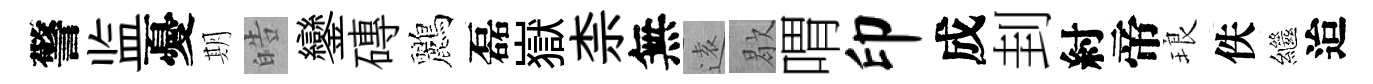
警监憂期皓鑾磚鸝磊嶽柰無逺歇喟印成刲紂帝琅佚繼迨